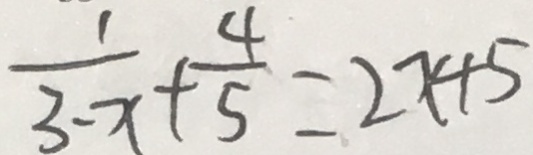
\frac { 1 } { 3 - x } + \frac { 4 } { 5 } = 2 x + 5